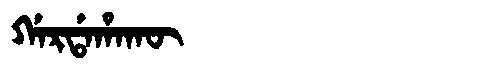
Manchu: ᡤᠠᡵᡩᠠᡥᠠᡴᡡ
Romanization: GARDAHAKŪ